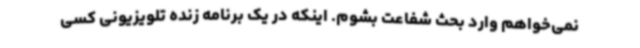
نمی‌خواهم وارد بحث شفاعت بشوم. اینکه در یک برنامه زنده تلویزیونی کسی